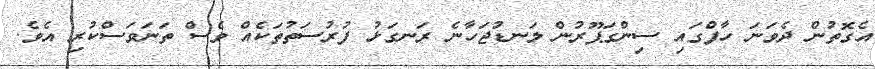
އެގޮތުން ދެވަނަ ހާފްގައި ސިންގަޕޫރުން ލަނޑުޖަހާނެ ރަނގަޅު ފުރުސަތުތަކެއް ވެސް ތަނަވަސްކުރި އެވެ.